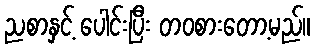
ညစာနှင့် ပေါင်းပြီး တဝစားတော့မည်။